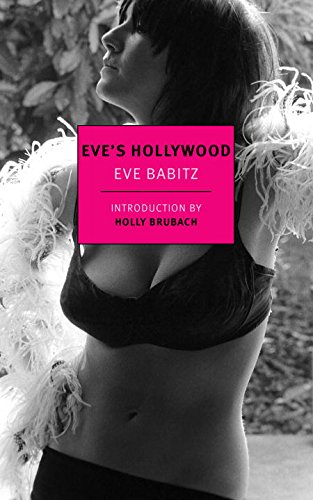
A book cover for Eve's Hollywood (New Yorkreview Books Classics); Eve Babitz; Literature & Fiction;